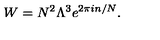
W = N ^ { 2 } \Lambda ^ { 3 } e ^ { 2 \pi i n / N } .